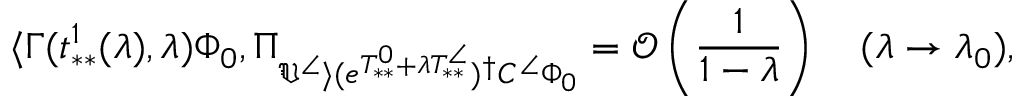
\langle \Gamma ( t _ { * * } ^ { 1 } ( \lambda ) , \lambda ) \Phi _ { 0 } , \Pi _ { \mathfrak { V } ^ { \angle } \rangle ( e ^ { T _ { * * } ^ { 0 } + \lambda T _ { * * } ^ { \angle } } ) ^ { \dag } C ^ { \angle } \Phi _ { 0 } } = \mathcal { O } \left( \frac { 1 } { 1 - \lambda } \right) \quad ( \lambda \to \lambda _ { 0 } ) ,